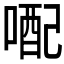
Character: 𪡭